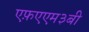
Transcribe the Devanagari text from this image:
एफ़एएम३बी